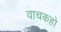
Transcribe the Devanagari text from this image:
वाचकहो